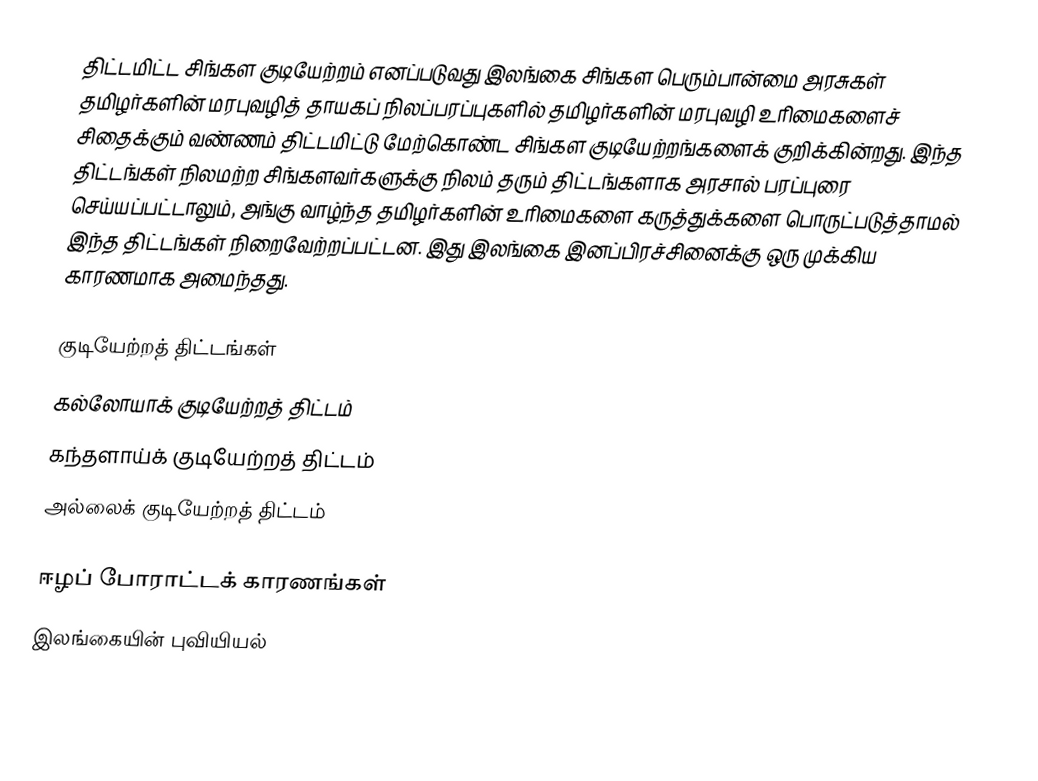
திட்டமிட்ட சிங்கள குடியேற்றம் எனப்படுவது இலங்கை சிங்கள பெரும்பான்மை அரசுகள் தமிழர்களின் மரபுவழித் தாயகப் நிலப்பரப்புகளில் தமிழர்களின் மரபுவழி உரிமைகளைச் சிதைக்கும் வண்ணம் திட்டமிட்டு மேற்கொண்ட சிங்கள குடியேற்றங்களைக் குறிக்கின்றது.  இந்த திட்டங்கள் நிலமற்ற சிங்களவர்களுக்கு நிலம் தரும் திட்டங்களாக அரசால் பரப்புரை செய்யப்பட்டாலும், அங்கு வாழ்ந்த தமிழர்களின் உரிமைகளை கருத்துக்களை பொருட்படுத்தாமல் இந்த திட்டங்கள் நிறைவேற்றப்பட்டன.  இது இலங்கை இனப்பிரச்சினைக்கு ஒரு முக்கிய காரணமாக அமைந்தது.

குடியேற்றத் திட்டங்கள்
 கல்லோயாக் குடியேற்றத் திட்டம்
 கந்தளாய்க் குடியேற்றத் திட்டம்
 அல்லைக் குடியேற்றத் திட்டம்

ஈழப் போராட்டக் காரணங்கள்
இலங்கையின் புவியியல்